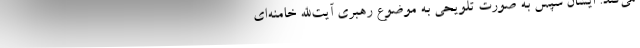
می‌کند. ایشان سپس به صورت تلویحی به موضوع رهبری آیت‌الله خامنه‌ای